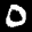
Label: 0